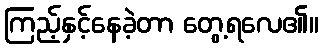
ကြည့်နှင့်နေခဲ့တာ တွေ့ရလေ၏။